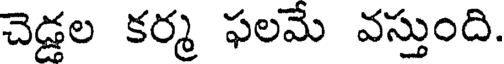
చెడ్డల కర్మ ఫలమే వస్తుంది.